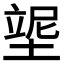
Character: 𡎿